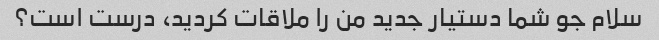
سلام جو شما دستیار جدید من را ملاقات کردید، درست است؟